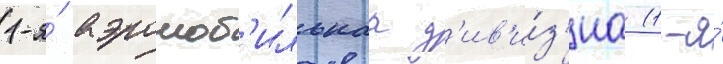
1-я́ аэромоб'ильнаа д'ив'и́з'иа (1-я́